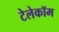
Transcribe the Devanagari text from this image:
टेलेकॉम